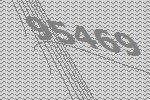
95469